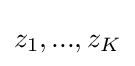
z_{1},...,z_{K}